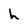
Character: h